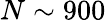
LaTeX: N\sim 900